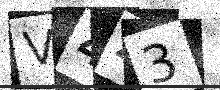
Text: V4Z3